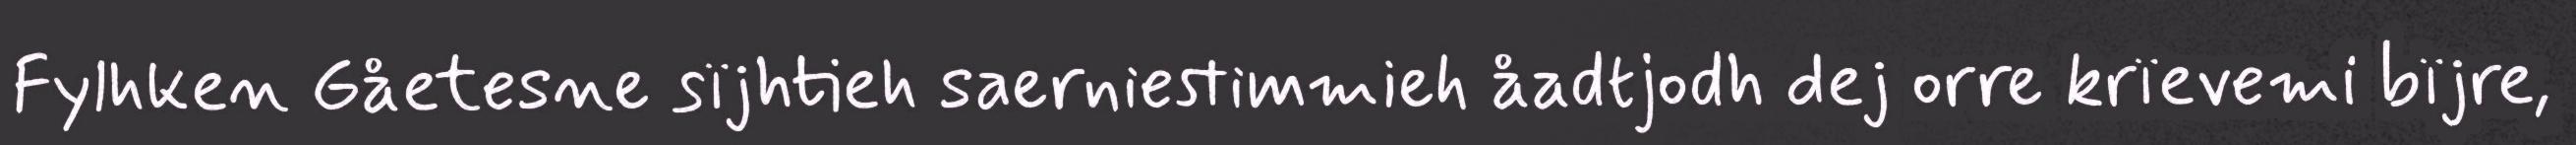
Fylhken Gåetesne sïjhtieh saerniestimmieh åadtjodh dej orre krïevemi bïjre,